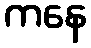
ကနေ